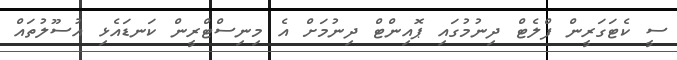
ސީ ކެޓަގަރީން ފްލެޓް ދިނުމުގައި ޕޮއިންޓް ދިނުމަށް އެ މިނިސްޓްރީން ކަނޑަައެޅި އުސޫލުތައް